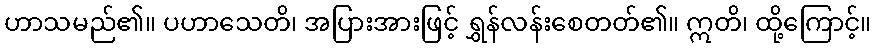
ဟာသမည်၏။ ပဟာသေတိ၊ အပြားအားဖြင့် ရွှန်လန်းစေတတ်၏။ ဣတိ၊ ထို့ကြောင့်။